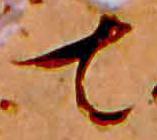
て